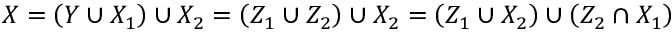
X = \left( Y \cup X _ { 1 } \right) \cup X _ { 2 } = \left( Z _ { 1 } \cup Z _ { 2 } \right) \cup X _ { 2 } = \left( Z _ { 1 } \cup X _ { 2 } \right) \cup \left( Z _ { 2 } \cap X _ { 1 } \right)